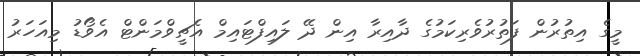
މީގެ އިތުރުން ފަތުރުވެރިކަމުގެ ދާއިރާ އިން ދޭ ލައިފްޓައިމް އެޗީވްމަންޓް އެވޯޑު މިއަހަރު